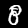
Digit: 8